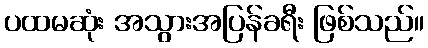
ပထမဆုံး အသွားအပြန်ခရီး ဖြစ်သည်။